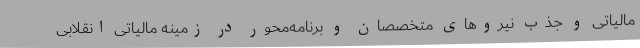
مالیاتی و جذب نیروهای متخصصان و برنامه‌محور در زمینه مالیاتی انقلابی